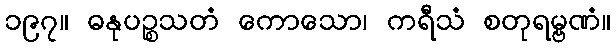
၁၉၇။ ဓနုပဉ္စသတံ ကောသော၊ ကရီသံ စတုရမ္ဗဏံ။